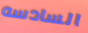
السادسه